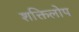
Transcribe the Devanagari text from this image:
शक्तिलोप